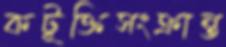
কটূক্তিসংক্রান্ত